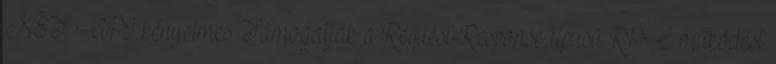
.NET API kényelmes Támogatják a Request-Response típusú RPC működést